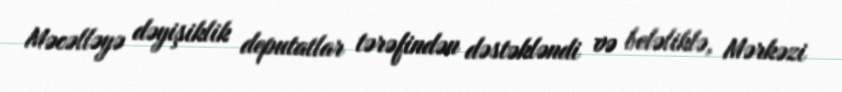
Məcəlləyə dəyişiklik deputatlar tərəfindən dəstəkləndi və beləliklə, Mərkəzi